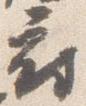
府